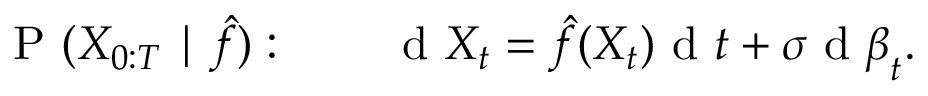
\mathrm { ~ P ~ } ( X _ { 0 : T } \mid \hat { f } ) : \qquad \mathrm { ~ d ~ } X _ { t } = \hat { f } ( X _ { t } ) \mathrm { ~ d ~ } t + \sigma \mathrm { ~ d ~ } \boldsymbol { \beta } _ { t } .